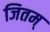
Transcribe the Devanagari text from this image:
जितम्